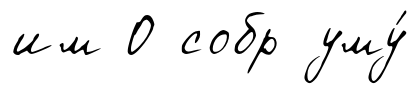
им О собр уму́